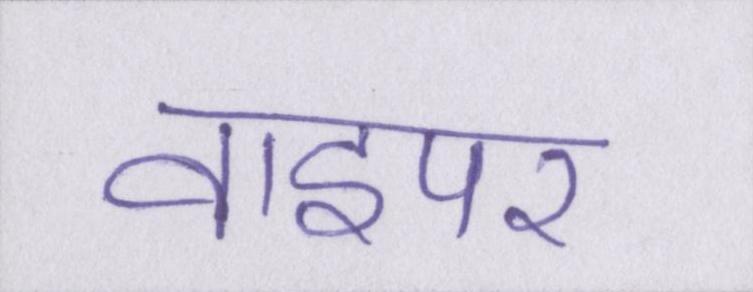
वाइपर